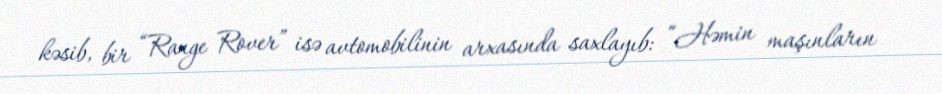
kəsib, bir “Range Rover” isə avtomobilinin arxasında saxlayıb: “Həmin maşınların